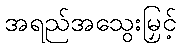
အရည်အသွေးမြှင့်